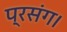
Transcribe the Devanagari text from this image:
प्रसंग।